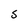
Character: s